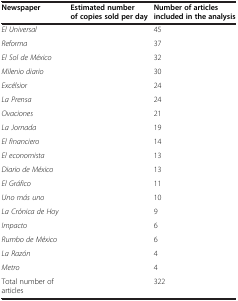
<table><thead><tr><td><b>Newspaper</b></td><td><b>Estimated number of copies sold per day</b></td><td><b>Number of articles included in the analysis</b></td></tr></thead><tbody><tr><td><i>El Universal</i></td><td>[EMPTY_CELL]</td><td>45</td></tr><tr><td><i>Reforma</i></td><td>[EMPTY_CELL]</td><td>37</td></tr><tr><td><i>El Sol de México</i></td><td>[EMPTY_CELL]</td><td>32</td></tr><tr><td><i>Milenio diario</i></td><td>[EMPTY_CELL]</td><td>30</td></tr><tr><td><i>Excélsior</i></td><td>[EMPTY_CELL]</td><td>24</td></tr><tr><td><i>La Prensa</i></td><td>[EMPTY_CELL]</td><td>24</td></tr><tr><td><i>Ovaciones</i></td><td>[EMPTY_CELL]</td><td>21</td></tr><tr><td><i>La Jornada</i></td><td>[EMPTY_CELL]</td><td>19</td></tr><tr><td><i>El financiero</i></td><td>[EMPTY_CELL]</td><td>14</td></tr><tr><td><i>El economista</i></td><td>[EMPTY_CELL]</td><td>13</td></tr><tr><td><i>Diario de México</i></td><td>[EMPTY_CELL]</td><td>13</td></tr><tr><td><i>El Gráfico</i></td><td>[EMPTY_CELL]</td><td>11</td></tr><tr><td><i>Uno más uno</i></td><td>[EMPTY_CELL]</td><td>10</td></tr><tr><td><i>La Crónica de Hoy</i></td><td>[EMPTY_CELL]</td><td>9</td></tr><tr><td><i>Impacto</i></td><td>[EMPTY_CELL]</td><td>6</td></tr><tr><td><i>Rumbo de México</i></td><td>[EMPTY_CELL]</td><td>6</td></tr><tr><td><i>La Razón</i></td><td>[EMPTY_CELL]</td><td>4</td></tr><tr><td><i>Metro</i></td><td>[EMPTY_CELL]</td><td>4</td></tr><tr><td>Total number of articles</td><td>[EMPTY_CELL]</td><td>322</td></tr></tbody></table>